Report of the Lahore Medical School Hospital
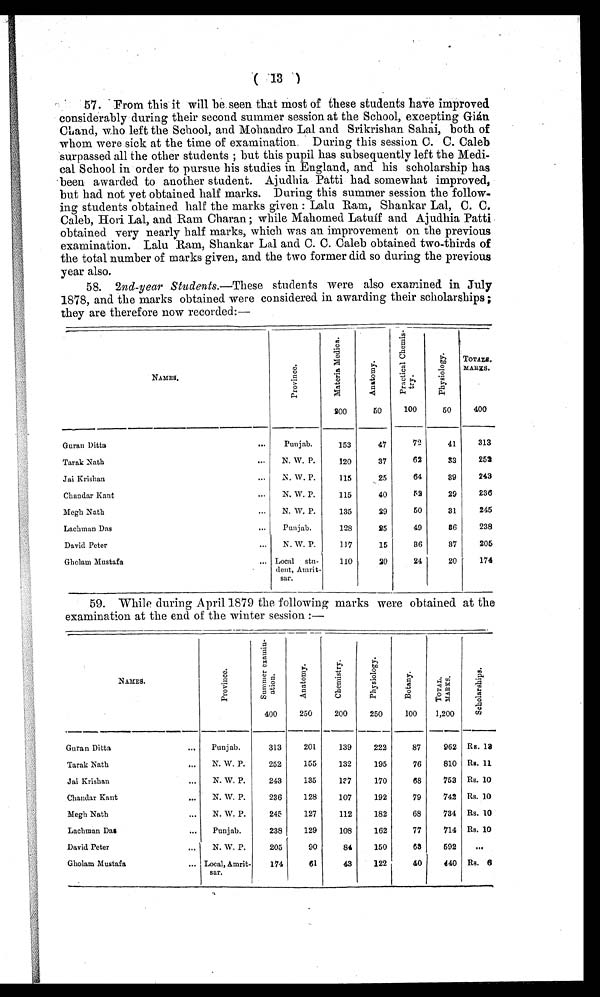
( 13 )
57. From this it will be seen that most of these students have improved
considerably during their second summer session at the School, excepting Gián
Chand, who left the School, and Mohandro Lal and Srikrishan Sahai, both of
whom were sick at the time of examination. During this session C. C. Caleb
surpassed all the other students ; but this pupil has subsequently left the Medi
-cal School in order to pursue his studies in England, and his scholarship has
been awarded to another student. Ajudhia Patti had somewhat improved,
but had not yet obtained half marks. During this summer session the follow-
ing students obtained half the marks given : Lalu Ram, Shankar Lal, C. C.
Caleb, Hori Lal, and Ram Charan ; while Mahomed Latuíf and Ajudhia Patti
obtained very nearly half marks, which was an improvement on the previous
examination. Lalu Ram, Shankar Lal and C. C. Caleb obtained two-thirds of
the total number of marks given, and the two former did so during the previous
year also.
58. 2nd-year Students .—These students were also examined in July
1878, and the marks obtained were considered in awarding their scholarships ;
they are therefore now recorded:—
NAMES.
P r o v i n c e .
M a t e r i a M e d i c a .
200
A n a t o m y .
5 0
P r a c t i c a l c h e m i s - t r y .
100
P h y s i o l o g y .
50
TOTALS.
MARKS.
400
Guran Ditta
Punjab.
153
47
72
41
313
Tarak Nath
N. W. P.
120
37
62
33
252
Jai Krishan
N. W. P.
115
25
64
39
243
Chandar Kant
N. W. P.
115
40
52
29
236
Megh Nath
N. W. P.
135
29
50
31
245
Lachman Das
Punjab.
128
25
49
36
238
David Peter
N. W. P.
117
15
36
37
205
Gholam Mustafa
Local stu-
dent, Amrit
-
sar.
110
20
24
20
174
59. While during April 1879 the following marks were obtained at the
examination at the end of the winter session :—
NAMES.
P r o v i n c e .
S u m m e r e x a m i n - a t i o n .
400
A n a t o m y .
250
C h e m i s t r y .
200
P h y s i o l o g y .
250
B o t a n y .
100
T O T A L .
M A R K S .
1,200
S c h o l a r s h i p s .
Guran Ditta
Punjab.
313
201
139
222
87
962 Rs. 13
Tarak Nath
N. W. P.
252
155
132
195
76
810 Rs. 11.
Jai Krishan
N. W. P.
243
135
137
170
68
753 Rs. 10
Chandar Kant
N. W. P.
236
128
107
192
79
742 Rs. 10
Megh Nath
N. W. P.
245
127
112
182
68
734 Rs. 10
Lachman Das
Punjab.
238
129
108
162
77
714 Rs. 10
David Peter
N. W. P.
205
90
84
150
63
592
. . .
Gholam Mustafa
Local, Amrit-
sar.
174
61
43
122
40
440 Rs. 6